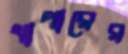
থাপারের